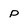
Character: p